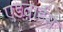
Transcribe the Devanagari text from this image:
एडवार्डस